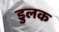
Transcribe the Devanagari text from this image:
डुलक